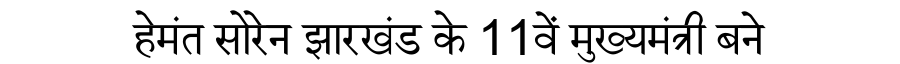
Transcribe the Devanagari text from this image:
हेमंत सोरेन झारखंड के 11वें मुख्यमंत्री बने